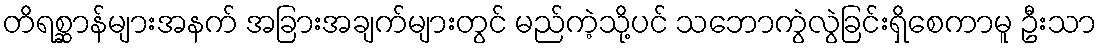
တိရစ္ဆာန်များအနက် အခြားအချက်များတွင် မည်ကဲ့သို့ပင် သဘောကွဲလွဲခြင်းရှိစေကာမူ ဦးသာ